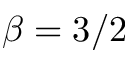
\beta = 3 / 2